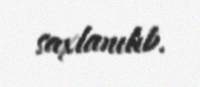
saxlanılıb.